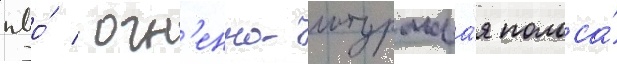
пво́ / огн'енно-штурмова́я полоса́